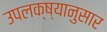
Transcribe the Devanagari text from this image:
उपलक्ष्यानुसार